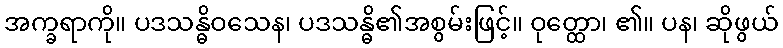
အက္ခရာကို။ ပဒသန္ဓိဝသေန၊ ပဒသန္ဓိ၏အစွမ်းဖြင့်။ ဝုတ္ထော၊ ၏။ ပန၊ ဆိုဖွယ်